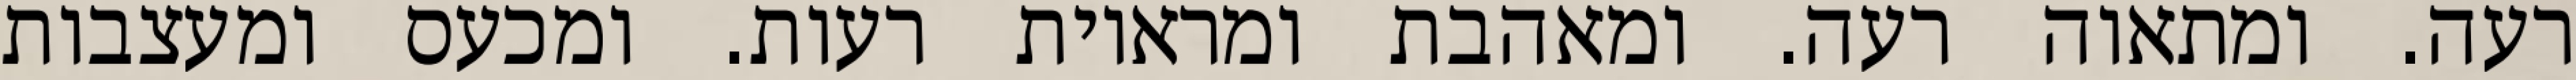
רעה. ומתאוה רעה. ומאהבת ומראיות רעות. ומכעס ומעצבות